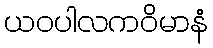
ယဝပါလကဝိမာနံ